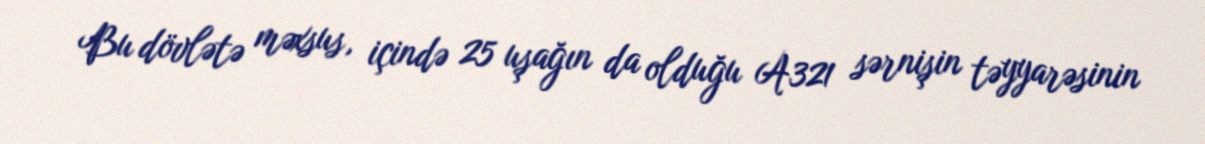
Bu dövlətə məxsus, içində 25 uşağın da olduğu A321 sərnişin təyyarəsinin